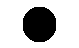
.